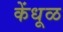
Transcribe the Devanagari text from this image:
केंधूळ